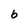
Character: b